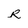
Character: R